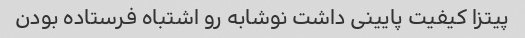
پیتزا کیفیت پایینی داشت نوشابه رو اشتباه فرستاده بودن